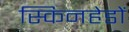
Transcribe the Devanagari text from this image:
स्किनहेडों